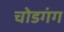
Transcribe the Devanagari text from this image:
चोडगंग